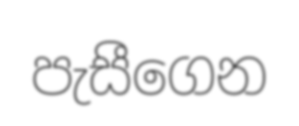
පැසීගෙන